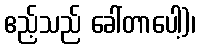
ဧည့်သည် ခေါ်တာပေါ့)၊